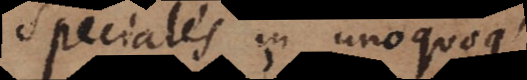
peciales in unoquoq